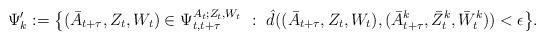
LaTeX: \begin{align*}\Psi_k^\prime & := \bigl \{ (\bar{A}_{t+\tau}, Z_{t}, W_{t}) \in \Psi_{t,t+\tau}^{A_t;Z_t,W_t}~:~ \hat{d}((\bar{A}_{t+\tau}, Z_{t}, W_{t}), (\bar{A}_{t+\tau}^k, \bar{Z}_{t}^{k}, \bar{W}_{t}^{k})) < \epsilon \bigr \}.\end{align*}